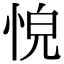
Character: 𢚋